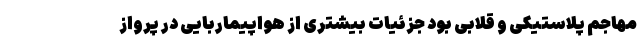
مهاجم پلاستیکی و قلابی بود جزئیات بیشتری از هواپیماربایی در پرواز